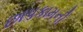
છાપકામની